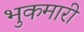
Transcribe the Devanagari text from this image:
भुकमारी